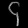
Digit: ၄